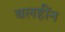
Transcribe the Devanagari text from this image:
बलहींन